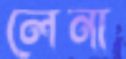
লেনা